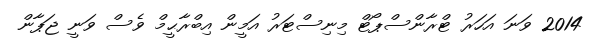
2014 ވަނަ އަހަރު ޓްރާންސްޕޯޓް މިނިސްޓަރު އަމީން އިބްރާޙީމް ވެސް ވަނީ ޖަޕާން